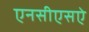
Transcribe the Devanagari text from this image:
एनसीएसऐ